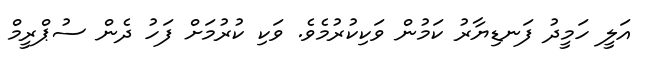
އަލީ ހަމީދު ފަނޑިޔާރު ކަމުން ވަކިކުރުމެވެ. ވަކި ކުރުމަށް ފަހު ދެން ސުޕްރީމް